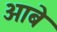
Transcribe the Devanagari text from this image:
ओबे